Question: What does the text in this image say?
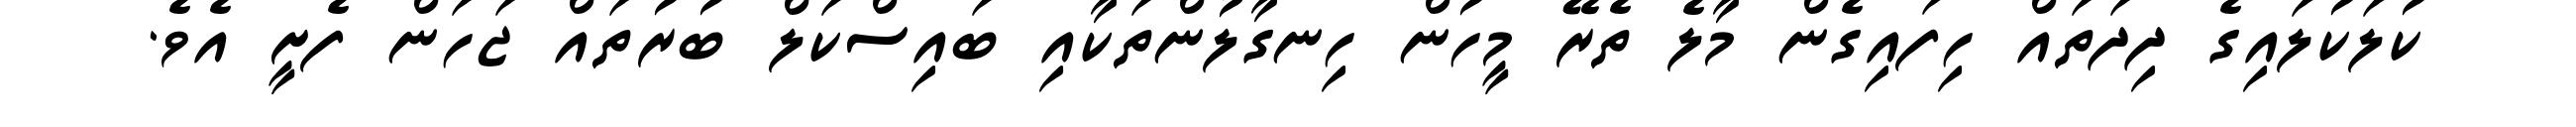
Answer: ކުލަކުލައިގެ ދިދަތައް ހިފައިގެން މާލެ ތެރޭ މީހުން ހިނގާލުންތަކާއި ބައިސްކަލް ބުރުތައް ޖަހަން ފެށީ އެވެ.